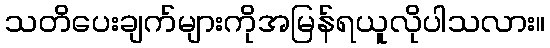
သတိပေးချက်များကိုအမြန်ရယူလိုပါသလား။